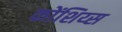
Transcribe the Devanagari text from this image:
कोंशिय्स